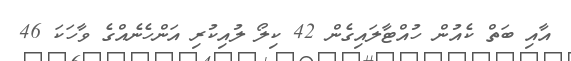
އާއި ބަތް ކެއުން ހުއްޓާލައިގެން 42 ކިލޯ ލުއިކުރި އަންހެނެއްގެ ވާހަކަ 46